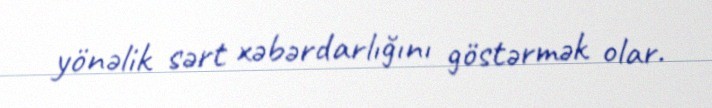
yönəlik sərt xəbərdarlığını göstərmək olar.